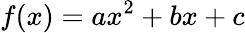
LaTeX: f(x)=ax^{2}+bx+c